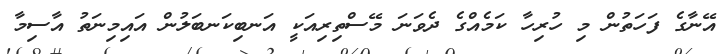
އޭނާގެ ފަހަތުން މި ހުރިހާ ކަަމެއްގެ ދެވަނަ މޭސްތިރިއަކީ އަނބިކަނބަލުން އައިމިނަތު އާސިމާ